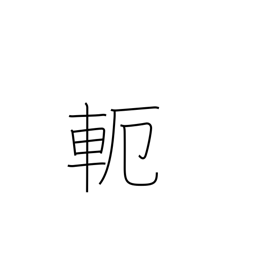
Meaning: yoke